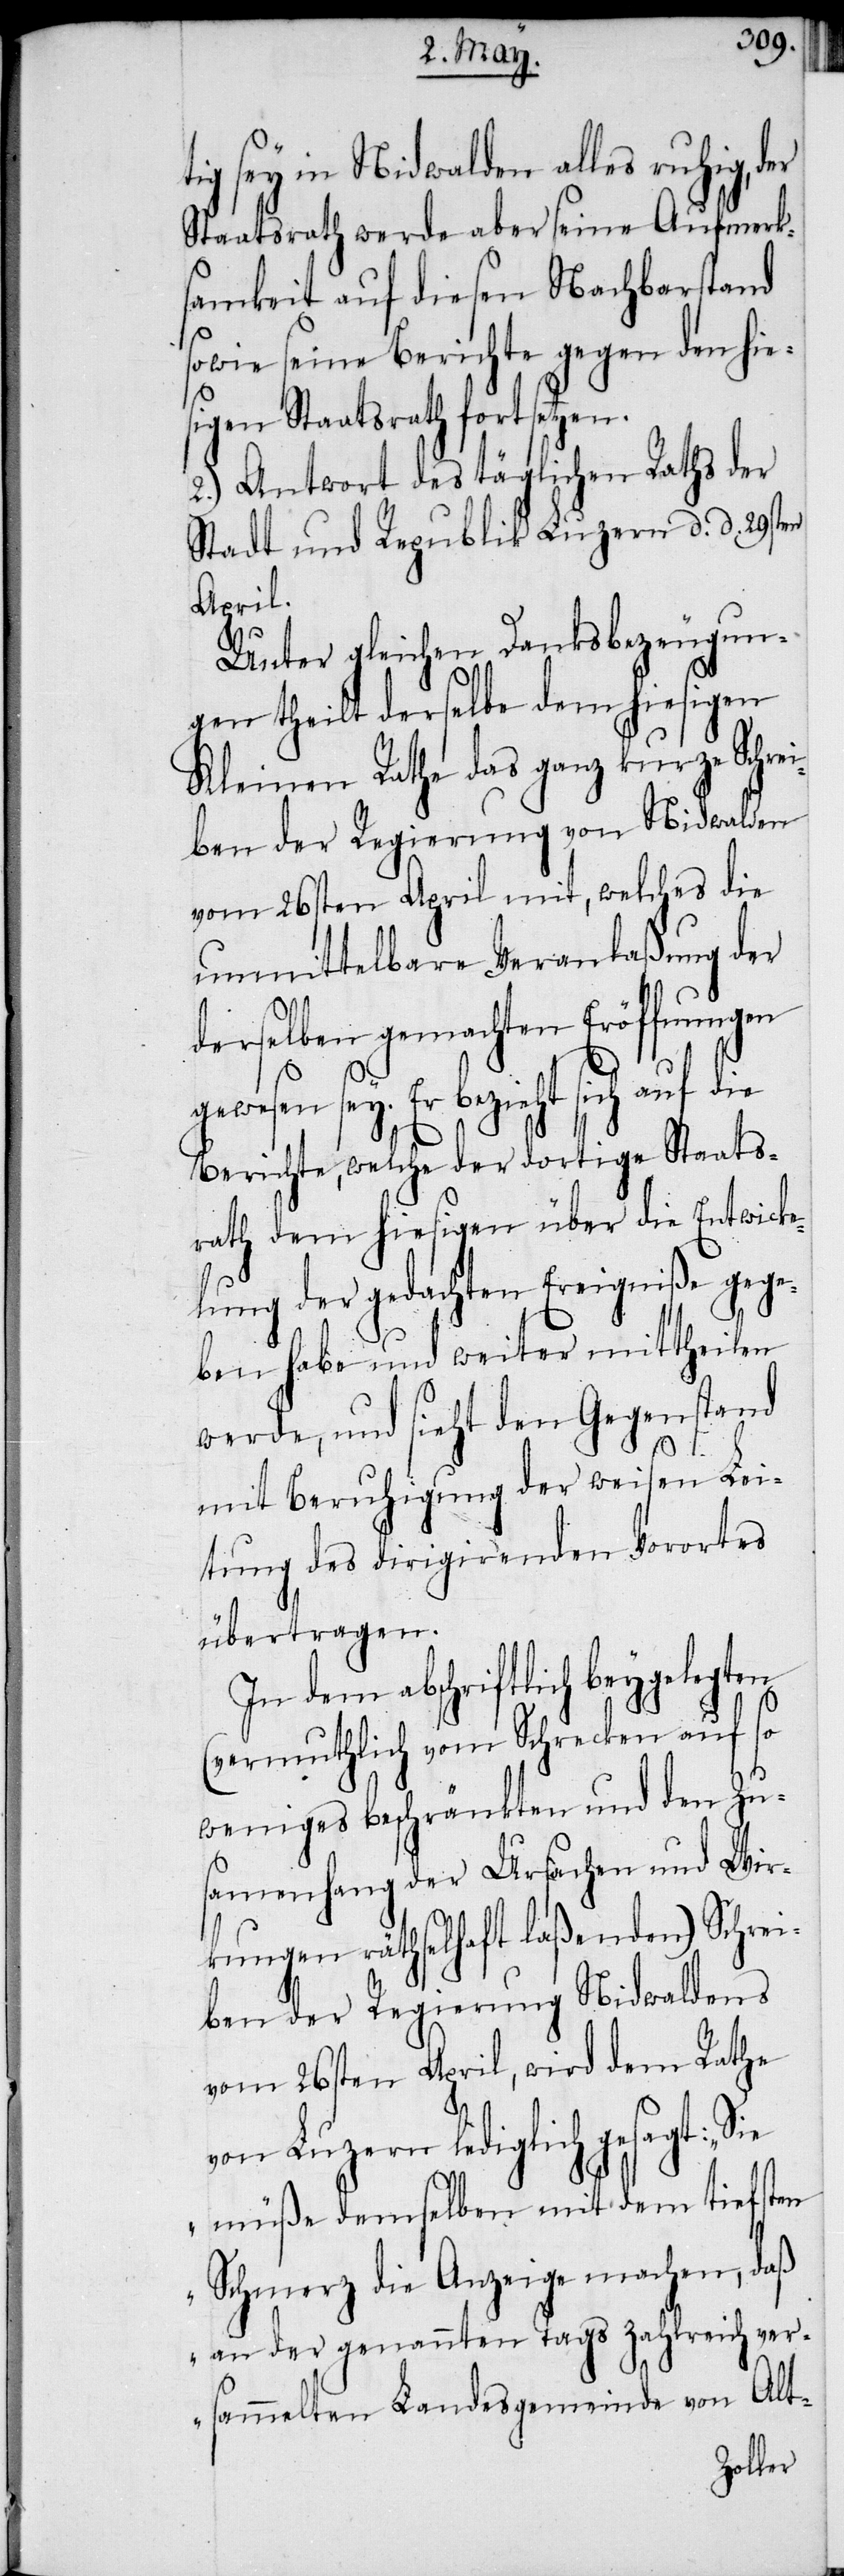
tig sey in Nidwalden alles ruhig, der
Staatsrath werde aber seine Aufmerk¬
samkeit auf diesen Nachbarstand
sowie seine Berichte gegen den hie¬
sigen Staatsrath fortsetzen.
2.) Antwort des täglichen Raths der
Stadt und Republik Luzern d. d. 29sten
April.
Unter gleichen Danksbezeugun¬
gen theilt derselbe dem hiesigen
Kleinen Rathe das ganz kurze Schrei¬
ben der Regierung von Nidwalden
vom 26sten April mit, welches die
unmittelbare Veranlaßung der
derselben gemachten Eröffnungen
sey. Er bezieht sich auf die
Berichte, welche der dortige Staats¬
rath dem hiesigen über die Entwick¬
elung der gedachten Ereigniße gege¬
ben habe und weiter mittheilen
werde, und sieht den Gegenstand
mit Beruhigung der weisen Lei¬
tung des dirigirenden Vorortes
übertragen.
In dem abschriftlich beygelegten
(vermuthlich vom Schrecken auf so
weniges beschränkten und den Zu¬
samenhang der Ursachen und Wir¬
kungen räthselhaft laßenden) Schrei¬
ben der Regierung Nidwaldens
vom 26sten April, wird dem Rathe
von Luzern lediglich gesagt:
müße demselben mit dem tiefsten
Schmerz die Anzeige machen, daß
an der genannten Tags zahlreich ver¬
sammelten Landesgemeinde von Alt-